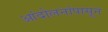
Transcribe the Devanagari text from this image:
आंदोलनांपासून